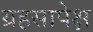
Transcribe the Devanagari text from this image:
ग्रहसापेक्ष